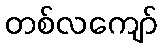
တစ်လကျော်